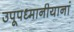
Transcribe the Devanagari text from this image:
उपूपध्मानीयानां